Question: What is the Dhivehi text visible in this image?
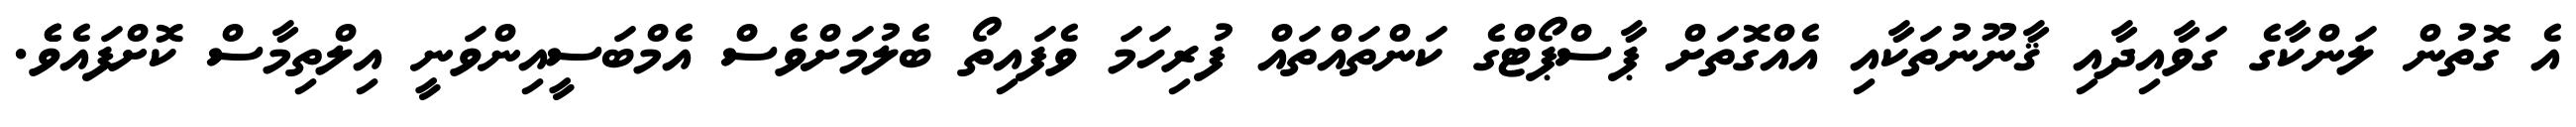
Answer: އެ ގޮތުން ލަންކާގެ ގަވާއިދާއި ޤާނޫނުތަކާއި އެއްގޮތަށް ޕާސްޕޯޓްގެ ކަންތައްތައް ފުރިހަމަ ވެފައިތޯ ބެލުމަށްވެސް އެމްބަސީއިންވަނީ އިލްތިމާސް ކޮށްފައެވެެ.